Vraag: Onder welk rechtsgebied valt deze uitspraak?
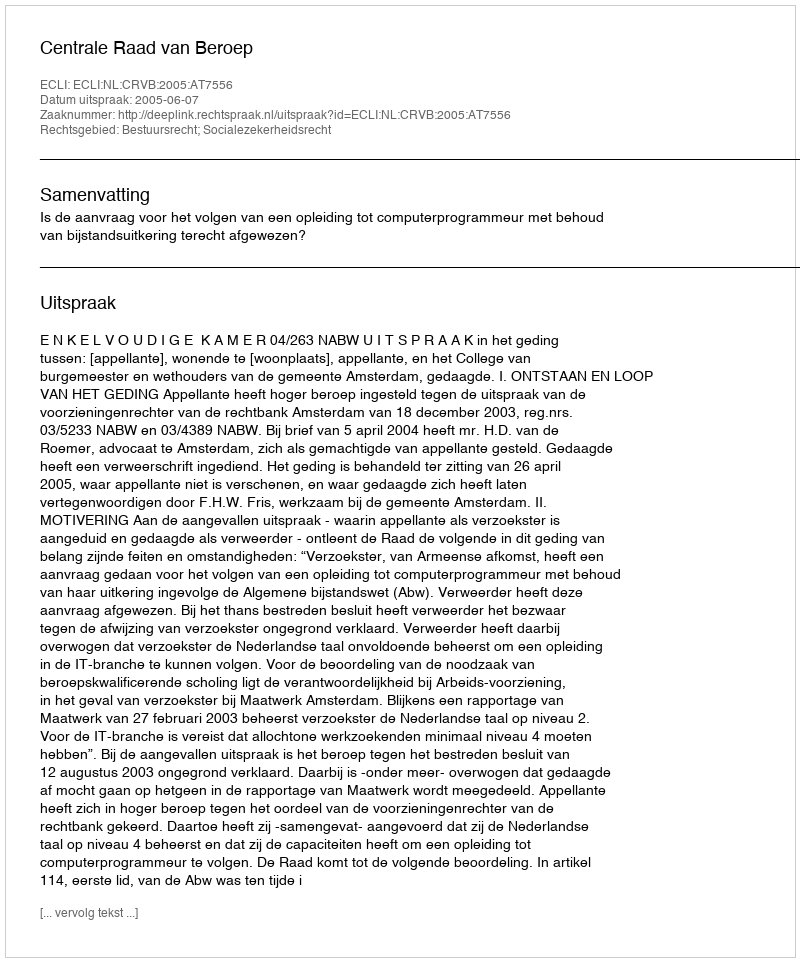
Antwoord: Bestuursrecht; Socialezekerheidsrecht